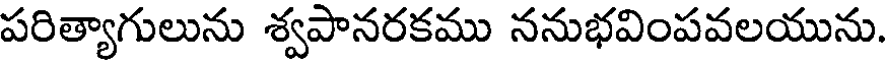
పరిత్యాగులును శ్వపానరకము ననుభవింపవలయును.